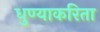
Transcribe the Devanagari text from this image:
धुण्याकरिता